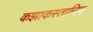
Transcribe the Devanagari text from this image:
कझाकस्तानिम